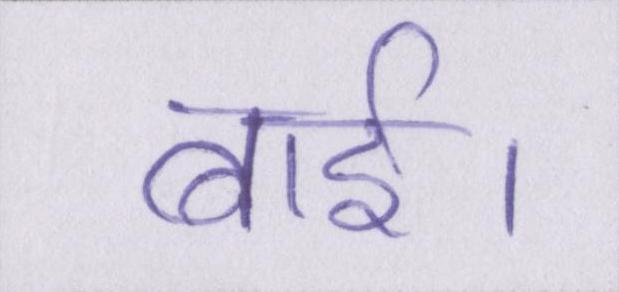
बाई।